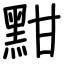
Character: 黚